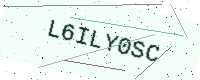
Text: L6ILY0SC